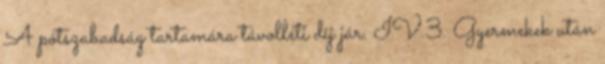
A pótszabadság tartamára távolléti díj jár. IV.3. Gyermekek után